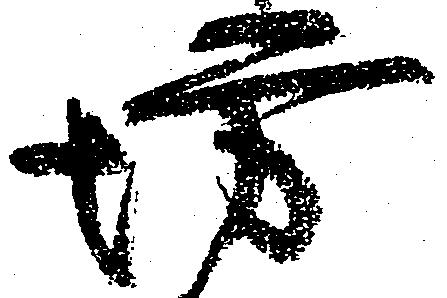
坊